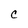
Character: C